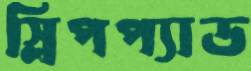
স্লিপপ্যাড